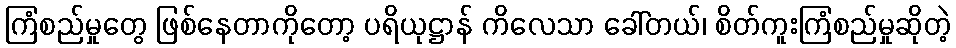
ကြံစည်မှုတွေ ဖြစ်နေတာကိုတော့ ပရိယုဋ္ဌာန် ကိလေသာ ခေါ်တယ်၊ စိတ်ကူးကြံစည်မှုဆိုတဲ့